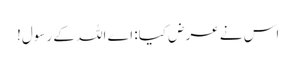
اس نے عرض کیا: اے اللہ کے رسول!